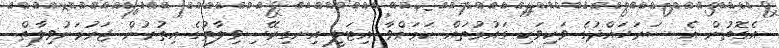
އެގޮތުން އެ ސަރަހައްދުގެ ވަކިވަކި ގައުމުތައް ކަމަށްވާ އިޓަލީ އިނގިރޭސިވިލާތުގެ އިތުރުން ޖަރުމަނުވިލާތް